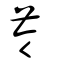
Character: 苓